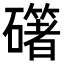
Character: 𥗁